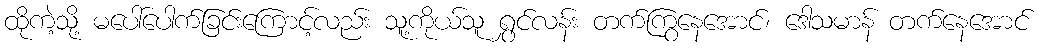
ထိုကဲ့သို့ မပေါ်ပေါက်ခြင်းကြောင့်လည်း သူ့ကိုယ်သူ ရွှင်လန်း တက်ကြွနေအောင်၊ ဒေါသမာန် တက်နေအောင်